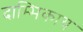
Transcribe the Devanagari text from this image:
दाम्भिकाय